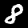
Digit: 8